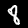
Label: 8